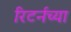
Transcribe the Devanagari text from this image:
रिटर्नच्या